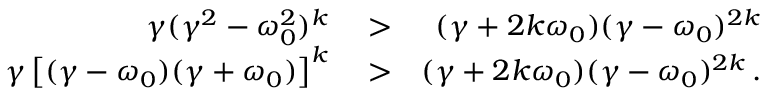
\begin{array} { r l r } { \gamma ( \gamma ^ { 2 } - \omega _ { 0 } ^ { 2 } ) ^ { k } } & { { } > } & { ( \gamma + 2 k \omega _ { 0 } ) ( \gamma - \omega _ { 0 } ) ^ { 2 k } } \\ { \gamma \left[ ( \gamma - \omega _ { 0 } ) ( \gamma + \omega _ { 0 } ) \right] ^ { k } } & { { } > } & { ( \gamma + 2 k \omega _ { 0 } ) ( \gamma - \omega _ { 0 } ) ^ { 2 k } \, . } \end{array}